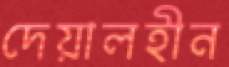
দেয়ালহীন